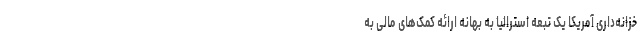
خزانه‌داری آمریکا یک تبعه استرالیا به بهانه ارائه کمک‌های مالی به